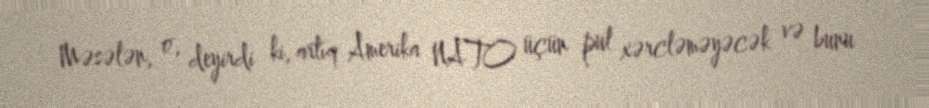
Məsələn, o, deyirdi ki, artıq Amerika NATO üçün pul xərcləməyəcək və bunu